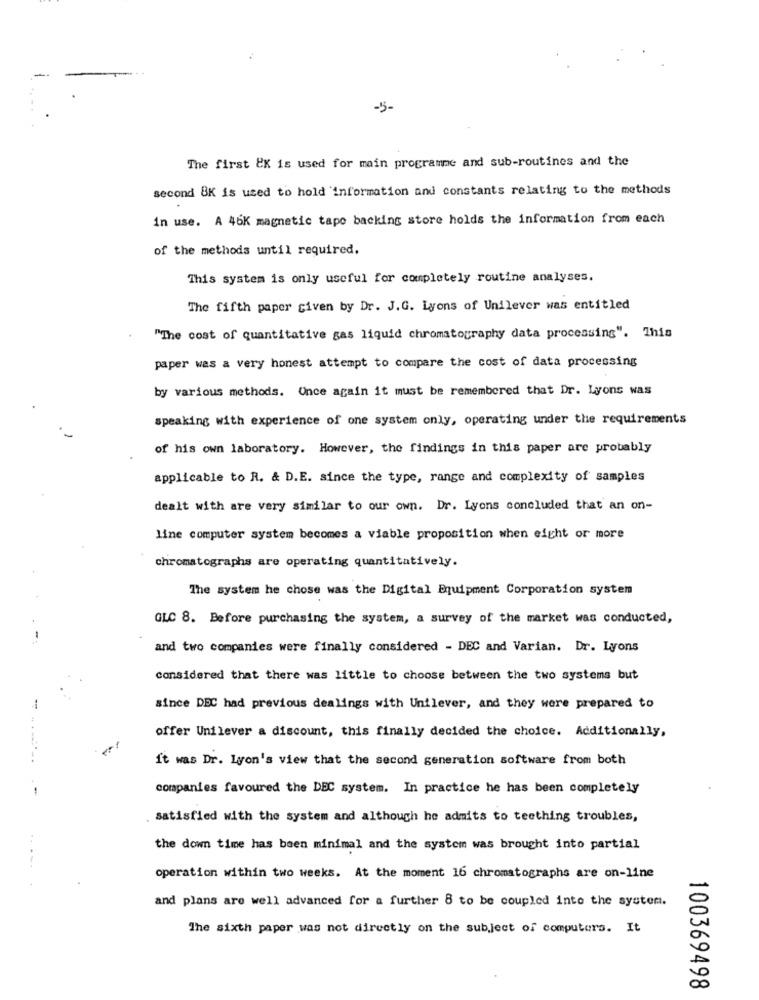
-5-
The first Ex is used for main programme and sub-routines and the
second 8K is used to hold 'information and constants relating to the methods
in use. A 46K magnetic tape backing store holds the information from each
of the methods until required.
This system is only useful for completely routine analyses.
The fifth paper given by Dr. J.G. Lyons of Unilever was entitled
"The cost of quantitative gas liquid chromatography data processing". This
paper was a very honest attempt to compare the cost of data processing
by various methods. Once again it must be remembered that Dr. Lyons was
speaking with experience of one system only, operating under the requirements
of his own laboratory. However, the findings in this paper are probably
applicable to R. & D.E. since the type, range and complexity of samples
dealt with are very similar to our own. Dr. Lyons concluded that an on-
line computer system becomes a viable proposition when eight or more
chromatographs are operating quantitatively.
The system he chose was the Digital Equipment Corporation system
GLC 8. Before purchasing the system, a survey of the market was conducted,
and two companies were finally considered - DEC and Varian. Dr. Lyons
considered that there was little to choose between the two systems but
since DEC had previous dealings with Unilever, and they were prepared to
offer Unilever a discount, this finally decided the choice. Additionally,
It was Dr. Lyon's view that the second generation software from both
companies favoured the DEC system. In practice he has been completely
satisfied with the system and although he admits to teething troubles,
the down time has been minimal and the system was brought into partial
operation within two weeks. At the moment 16 chromatographs are on-line
and plans are well advanced for a further 8 to be coupled into the system.
The sixth paper was not directly on the subject of computers. It
100369498